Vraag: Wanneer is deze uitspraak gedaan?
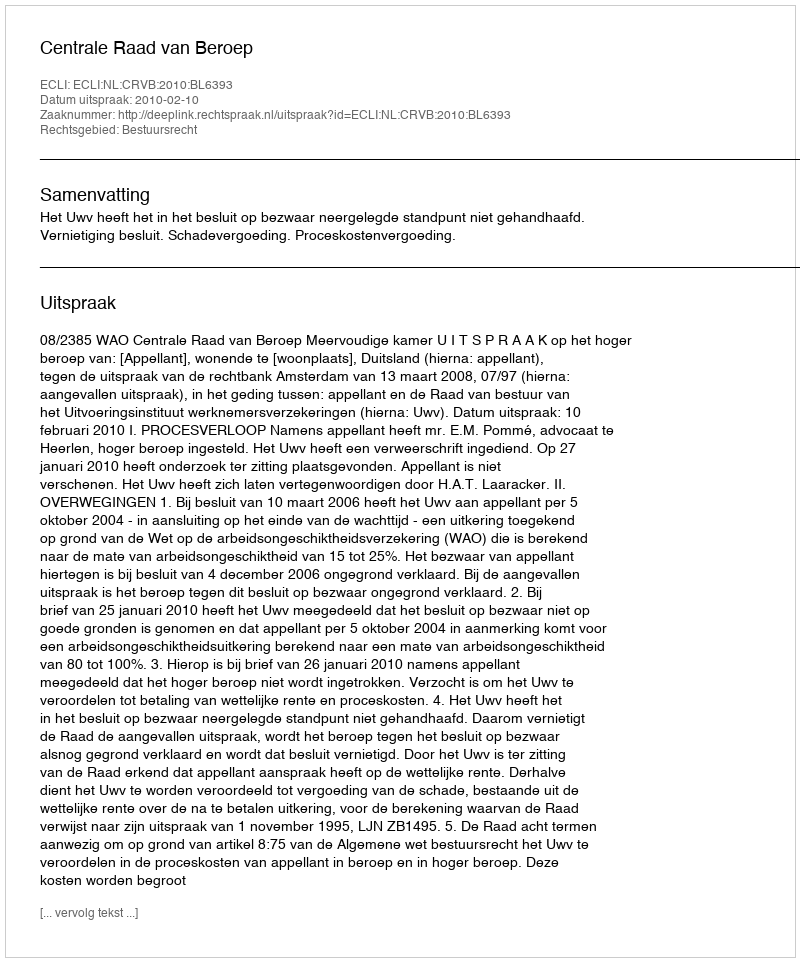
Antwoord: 2010-02-10